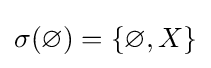
\sigma (\varnothing )=\{\varnothing ,X\}